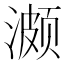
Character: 𬈱